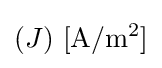
(J)\ \mathrm {[A/m^{2}]}